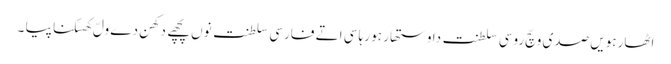
اٹھارہویں صدی وچّ روسی سلطنت دا وستھار ہو رہا سی اتے فارسی سلطنت نوں پچھے دکھن دے ولّ کھسکنا پیا ۔